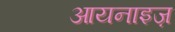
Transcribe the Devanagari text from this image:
आयनाइज़